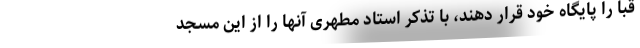
قبا را پایگاه خود قرار دهند، با تذکر استاد مطهری آنها را از این مسجد